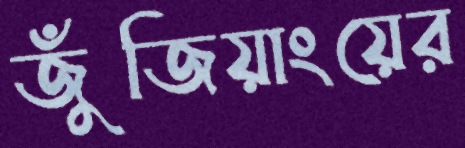
জুঁজিয়াংয়ের